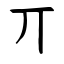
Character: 丌